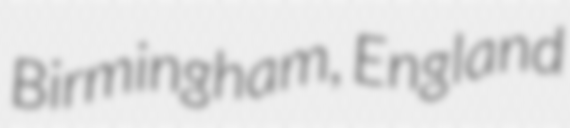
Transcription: Birmingham, England